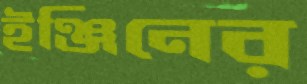
ইঞ্জিনের